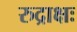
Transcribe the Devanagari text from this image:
रुद्राक्षः